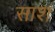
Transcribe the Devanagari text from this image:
साश